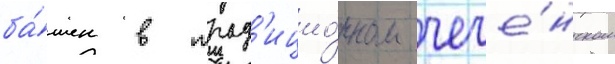
ба́шен в трад'ицио́нном чече́нском